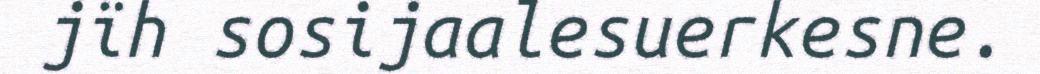
jïh sosijaalesuerkesne.